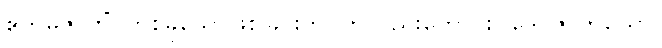
ဧကမ္ပိဇာတိံ၊ တစ်ခုသောဖြစ်ခြင်းဘဝကိုလည်းကောင်း။ ဒွေပိဇာတိယော၊